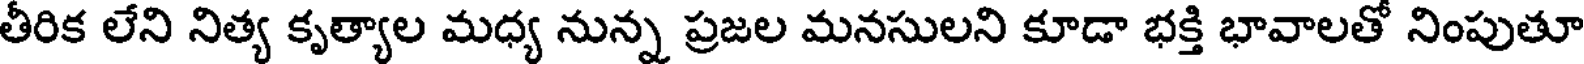
తీరిక లేని నిత్య కృత్యాల మధ్య నున్న ప్రజల మనసులని కూడా భక్తి భావాలతో నింపుతూ